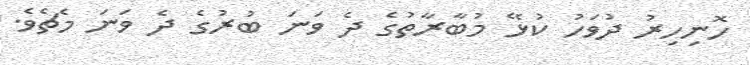
ހޮނިހިރު ދުވަހު ކުޅޭ މުބާރާތުގެ ދެ ވަނަ ބުރުގެ ދެ ވަނަ މެޗެވެ.